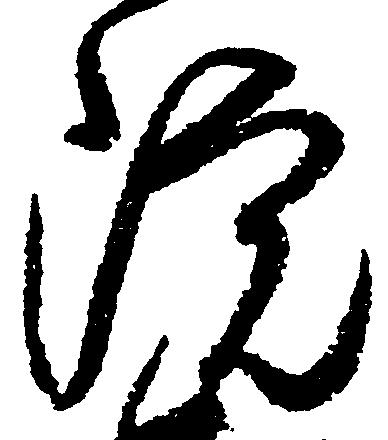
院